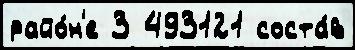
райо́н'е 3 493121 соста́в